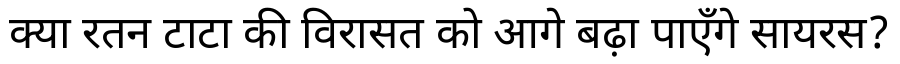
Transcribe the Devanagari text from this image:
क्या रतन टाटा की विरासत को आगे बढ़ा पाएँगे सायरस?